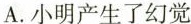
A.小明产生了幻觉